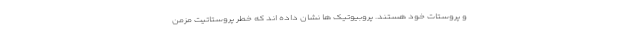
و پروستات خود هستند. پروبیوتیک ها نشان داده اند که خطر پروستاتیت مزمن